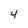
Character: 4